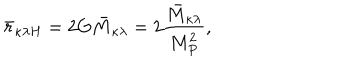
LaTeX: \bar { r } _ { \kappa \lambda H } = 2 \mathrm { G } \bar { M } _ { \kappa \lambda } = 2 \frac { \bar { M } _ { \kappa \lambda } } { M _ { P } ^ { 2 } } ,